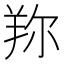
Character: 𦍴